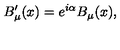
B _ { \mu } ^ { \prime } ( x ) = e ^ { i \alpha } B _ { \mu } ( x ) ,